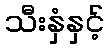
သီးနှံနှင့်